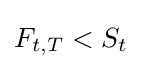
F_{t,T}<S_{t}